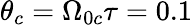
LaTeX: \theta_{c}=\Omega_{0c}\tau=0.1